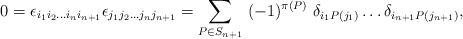
LaTeX: \begin{align*}0= \epsilon_{i_1 i_2 \dots i_n i_{n+1}} \epsilon_{j_1 j_2 \dots j_n j_{n+1}} = \sum_{P \in S_{n+1}} \ (-1)^{\pi(P)} \ \delta_{i_1 P(j_1)} \dots\delta_{i_{n+1} P(j_{n+1})},\end{align*}